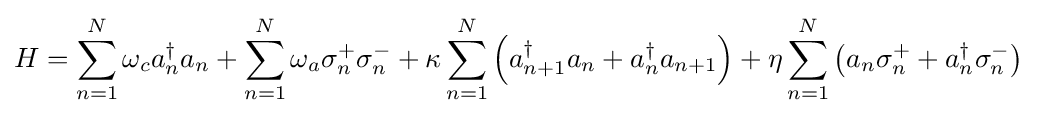
H=\sum _{n=1}^{N}\omega _{c}a_{n}^{\dagger }a_{n}+\sum _{n=1}^{N}\omega _{a}\sigma _{n}^{+}\sigma _{n}^{-}+\kappa \sum _{n=1}^{N}\left(a_{n+1}^{\dagger }a_{n}+a_{n}^{\dagger }a_{n+1}\right)+\eta \sum _{n=1}^{N}\left(a_{n}\sigma _{n}^{+}+a_{n}^{\dagger }\sigma _{n}^{-}\right)